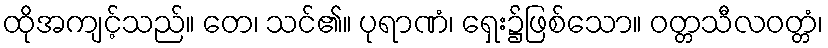
ထိုအကျင့်သည်။ တေ၊ သင်၏။ ပုရာဏံ၊ ရှေး၌ဖြစ်သော။ ဝတ္တသီလဝတ္တံ၊